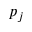
p _ { j }